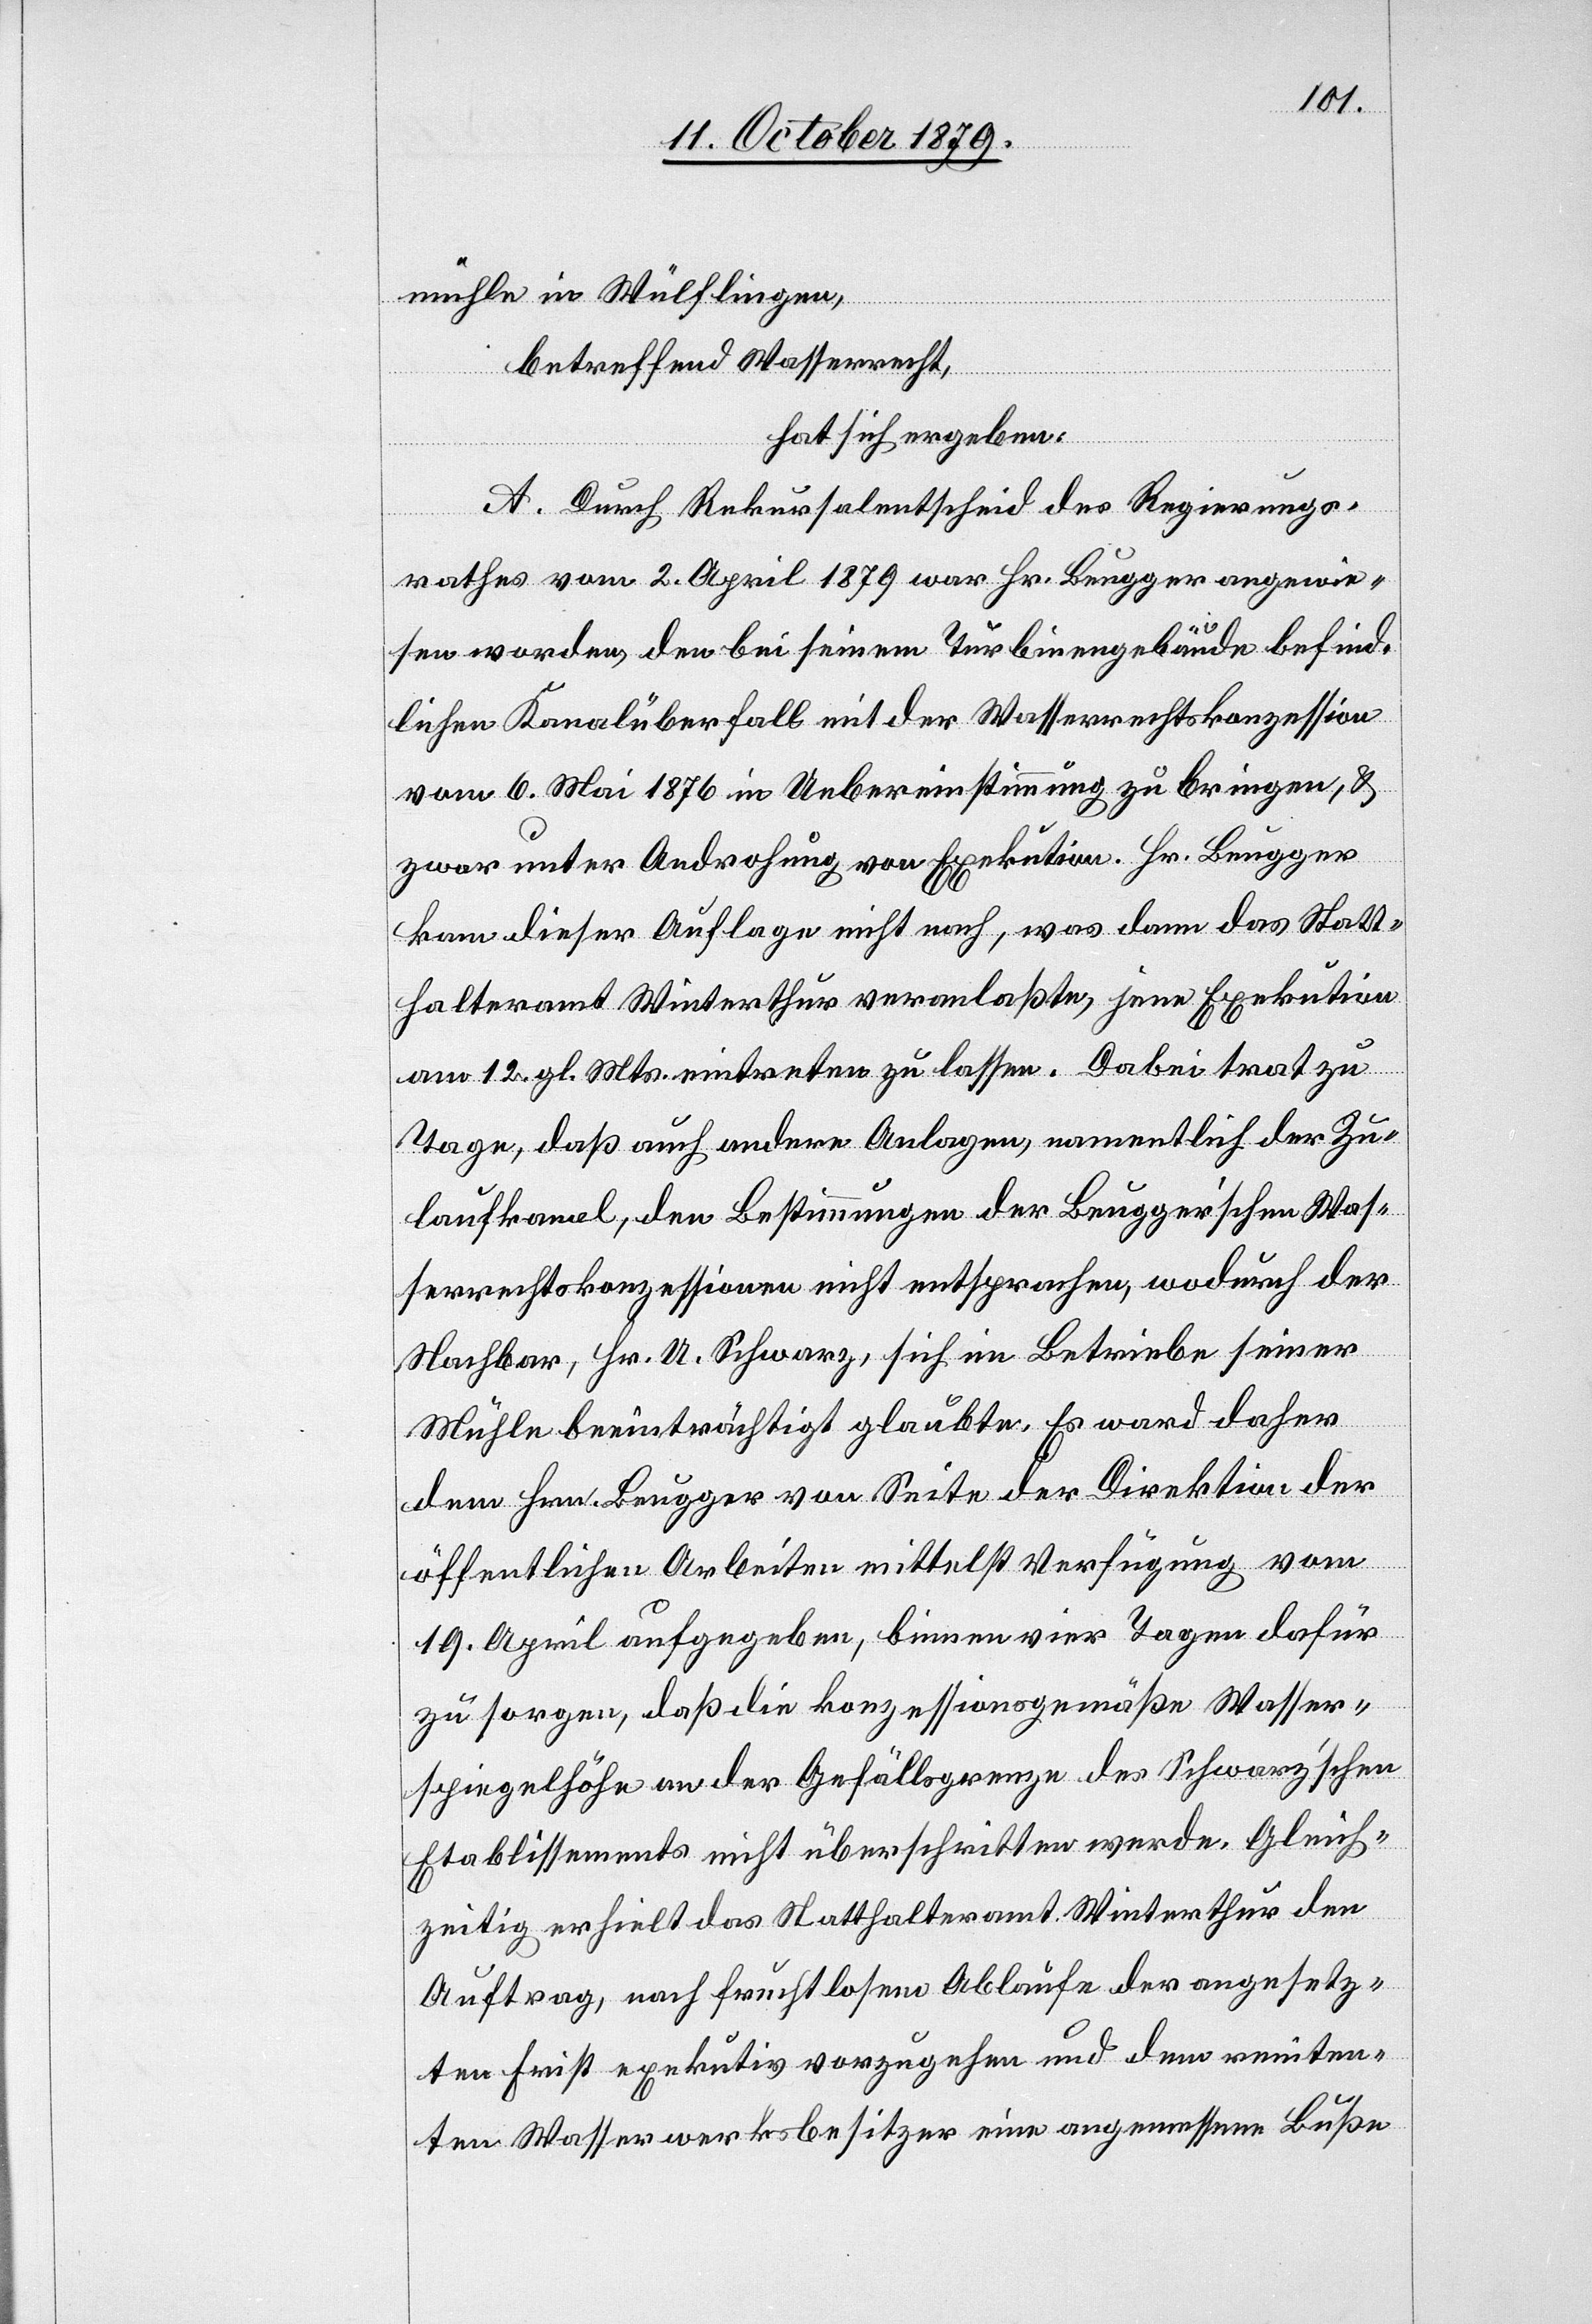
mühle in Wülflingen,
betreffend Wasserrecht,
hat sich ergeben:
A. Durch Rekursalentscheid des Regierungs¬
rathes vom 2. April 1879 war Hr. Beugger angewie¬
sen worden, den bei seinem Turbinengebäude befind¬
lichen Kanalüberfall mit der Wasserrechtskonzession
vom 6. Mai 1876 in Uebereinstimmung zu bringen, &
zwar unter Androhung von Exekution. Hr. Beugger
kam dieser Auflage nicht nach, was dann das Statt¬
halteramt Winterthur veranlaßte, jene Exekution
am 12. gl. Mts. eintreten zu lassen. Dabei trat zu
Tage, daß auf andere Anlagen, namenthlich der Zu¬
laufkanal, den Bestimmungen der Beugger’schen Was¬
serrechtskonzessionen nicht entsprachen, wodurch der
Nachbar, Hr. U. Schwarz, sich im Betriebe seiner
Mühle beeinträchtigt glaubte. Es ward daher
dem Hrn. Beugger von Seite der Direktion der
öffentlichen Arbeiten mittelst Verfügung vom
19. April aufgegeben, binnen vier Tagen dafür
zu sorgen, daß die konzessionsgemäße Wasser¬
spiegelhöhe an der Gefällsgrenze des Schwarz’schen
Etablissements nicht überschritten werde. Gleich¬
zeitig erhielt das Statthalteramt Winterthur den
Auftrag, nach fruchtlosem Ablaufe der angesetz¬
ten Frist exekutiv vorzugehen und dem reniten¬
ten Wasserwerksbesitzer eine angemessene Buße